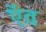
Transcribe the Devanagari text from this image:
ऍव